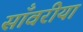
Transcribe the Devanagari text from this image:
साँवरीया